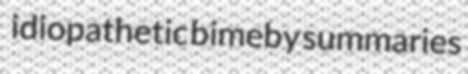
idiopathetic bimeby summaries